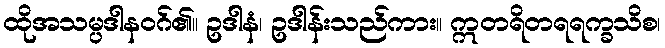
ထိုအသမ္ပဒါနဝဂ်၏။ ဥဒါနံ၊ ဥဒါန်းသည်ကား။ ဣတရိတရရက္ခသိစ၊